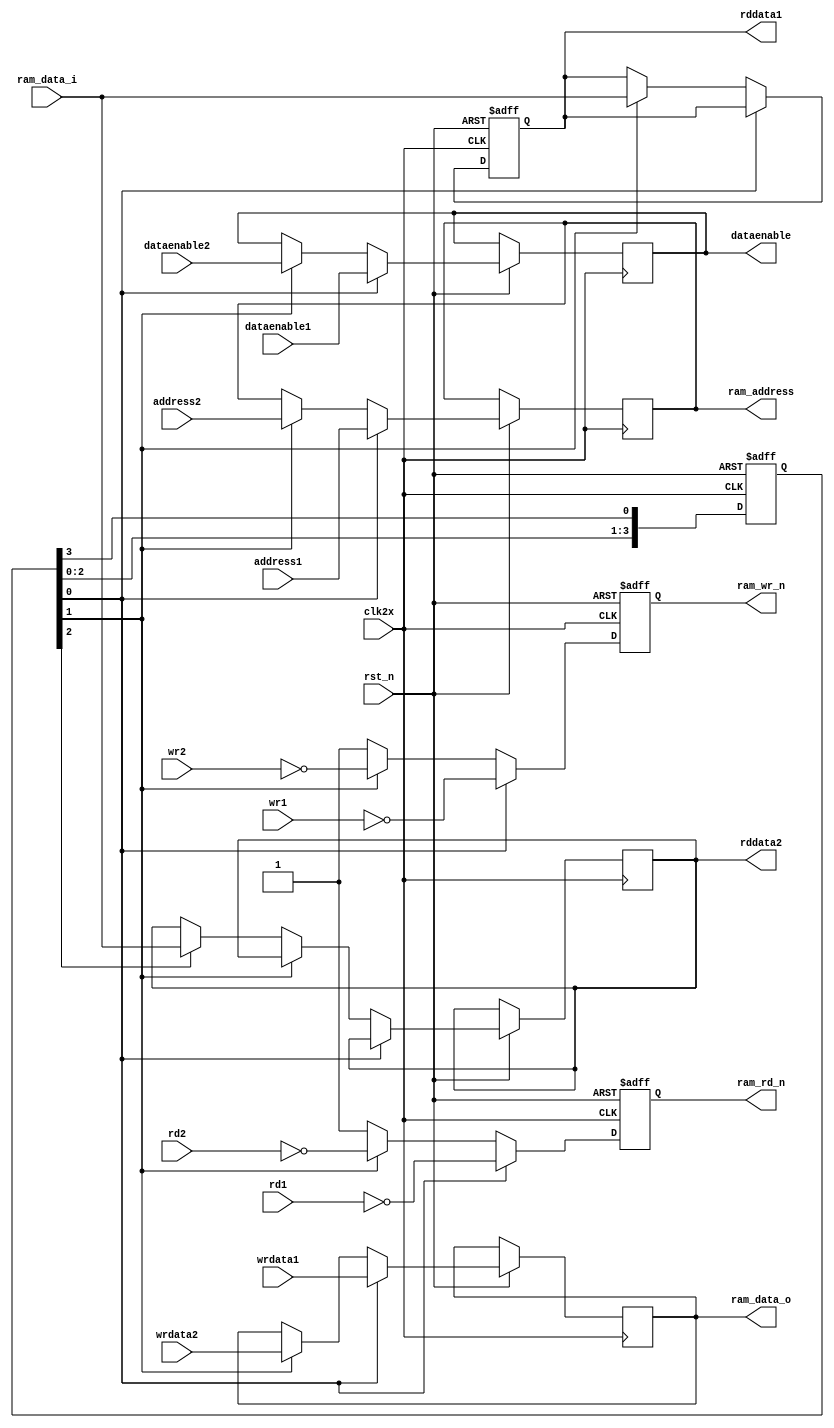
`default_nettype none
module two_port(/*autoport*/
//output
            rddata1,
            rddata2,
            ram_address,
            ram_data_o,
            ram_wr_n,
            ram_rd_n,
            dataenable,
//input
            rst_n,
            clk2x,
            address1,
            wrdata1,
            dataenable1,
            rd1,
            wr1,
            address2,
            wrdata2,
            dataenable2,
            rd2,
            wr2,
            ram_data_i);

input wire rst_n;
input wire clk2x;

input wire[31:0] address1;
input wire[31:0] wrdata1;
output reg[31:0] rddata1;
input wire[3:0] dataenable1;
input wire rd1;
input wire wr1;

input wire[31:0] address2;
input wire[31:0] wrdata2;
output reg[31:0] rddata2;
input wire[3:0] dataenable2;
input wire rd2;
input wire wr2;

output reg[31:0] ram_address;
input wire[31:0] ram_data_i;
output wire[31:0] ram_data_o;
output reg ram_wr_n;
output reg ram_rd_n;
output reg[3:0] dataenable;

reg[3:0] state;
reg[31:0] wrbuf;

assign ram_data_o = wrbuf;

always @(posedge clk2x or negedge rst_n) begin
    if (!rst_n) begin
        // reset
        state <= 4'b1;
        rddata1 <= 32'b0;
        ram_wr_n <= 1'b1;
        ram_rd_n <= 1'b1;
    end
    else begin
        state <= {state[2:0], state[3]};
        if (state[0]) begin
            ram_address <= address1;
            wrbuf <= wrdata1;
            ram_wr_n <= ~wr1;
            ram_rd_n <= ~rd1;
            dataenable <= dataenable1;
        end
        else if (state[1]) begin
            ram_address <= address2;
            wrbuf <= wrdata2;
            rddata1 <= ram_data_i;
            ram_wr_n <= ~wr2;
            ram_rd_n <= ~rd2;
            dataenable <= dataenable2;
        end
        else begin
            ram_wr_n <= 1'b1;
            ram_rd_n <= 1'b1;
            if (state[2]) begin
                rddata2 <= ram_data_i;
            end
        end
    end
end

endmodule